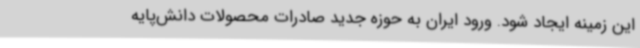
این زمینه ایجاد شود. ورود ایران به حوزه جدید صادرات محصولات دانش‌پایه